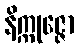
နိက္ကုဇ္ဇော